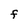
Character: F